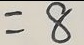
= 8